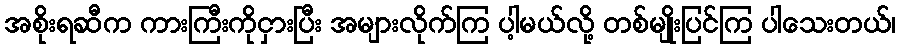
အစိုးရဆီက ကားကြီးကိုငှားပြီး အများလိုက်ကြ ပါ့မယ်လို့ တစ်မျိုးပြင်ကြ ပါသေးတယ်၊